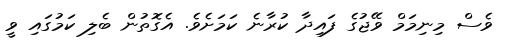
ވެސް މިނިމަމް ވޭޖުގެ ފައިދާ ކުރާނެ ކަމަށެވެ. އެގޮތުން ބެލި ކަމުގައި ވީ